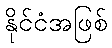
နိုင်ငံအဖြစ်